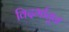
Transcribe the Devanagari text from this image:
विदर्भातून